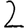
Digit: 2